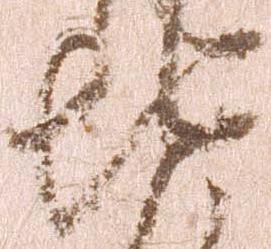
地